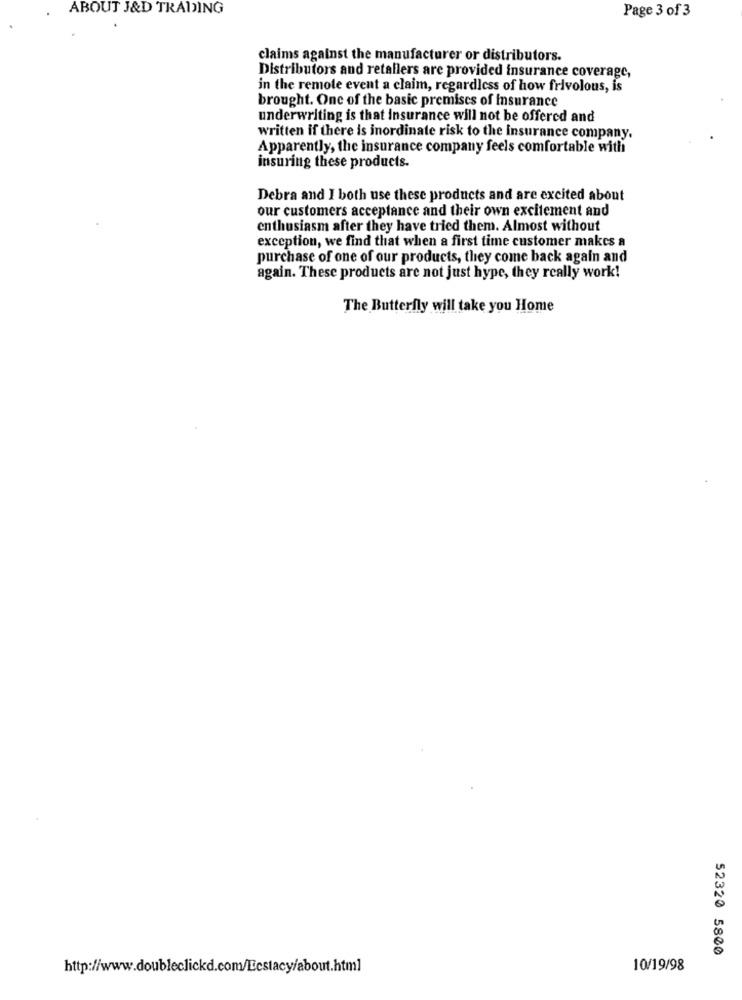
ABOUT J&D TRADING
Page 3 of 3
claims against the manufacturer or distributors.
Distributors and retallers are provided insurance coverage,
in the remote event a claim, regardless of how frivolous, is
brought. One of the basic premises of Insurance
underwriting is that insurance will not be offered and
written if there is inordinate risk to the Insurance company.
Apparently, the insurance company feels comfortable with
insuring these products.
Debra and I both use these products and are excited about
our customers acceptance and their own excitement and
enthusiasm after they have tried them. Almost without
exception, we find that when a first time customer makes a
purchase of one of our products, they come back again and
again. These products are not just hype, they really work!
The Butterfly will take you Home
52320 5800
http://www.doubleclickd.com/Ecstacy/about.html
10/19/98